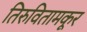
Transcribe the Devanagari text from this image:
तिरुवितामकूर